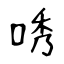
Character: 唀